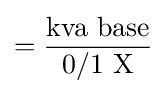
={\frac {\text{kva base}}{\text{0/1 X}}}